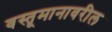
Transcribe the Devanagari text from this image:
वस्तूमानावरील